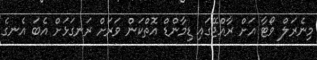
މިނެރަލް ވޯޓާ އަށް ރާއްޖޭގައި ޑިމާންޑް އޮތްކަން ވަރަށް ރަނގަޅަށް އެބަ އެނގެ